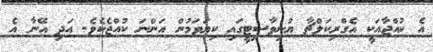
އެ ކުއްޖާއަކީ އެގްރިކަލްޗާ ޔުނިވާސިޓީގައި ކިޔަވަމުން އަންނަ ކުއްޖެކެވެ. އަދި އޭނާ އެ